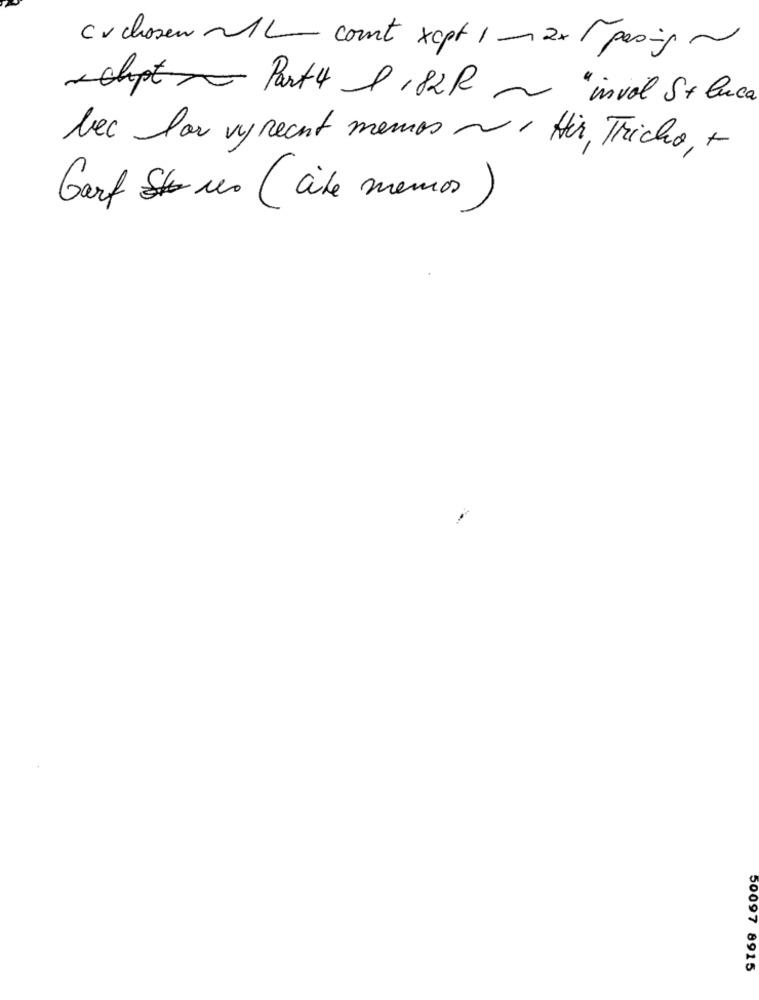
cuchosen MAL- comt xept 1xx / pesig ~
- chipt -- Part 4 D , 82 R ~ " invol S + luca
bec lar vy recent memos o Hir, Tricho, +
Garf 10 (cite memos )
50097 8915